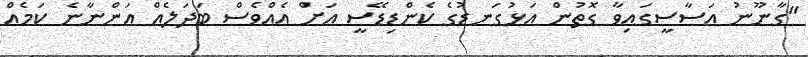
"ގާނޫނު އަސާސީގައިވާ ގޮތުން އަޅުގަނޑުގެ ކެންޑިޑޭސީ އަށް އެއްވެސް ބަދަލެއް އަންނާނެ ކަމެއް